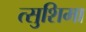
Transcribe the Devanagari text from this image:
त्सुशिमा